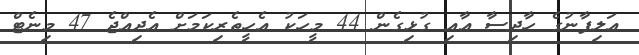
އަލިފާނުގެ ހާދިސާ އާއި ގުޅިގެން 44 މީހަކު އެހީތެރިކަމަށް އެދިއްޖެ 47 މިނެޓް